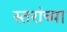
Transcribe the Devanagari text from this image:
स्तरांच्या